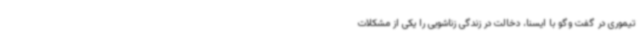
تیموری در گفت وگو با ایسنا، دخالت در زندگی زناشویی را یکی از مشکلات